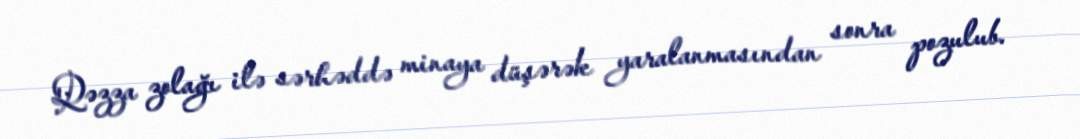
Qəzza zolağı ilə sərhəddə minaya düşərək yaralanmasından sonra pozulub.